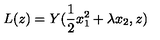
L ( z ) = Y ( \frac { 1 } { 2 } x _ { 1 } ^ { 2 } + \lambda x _ { 2 } , z )